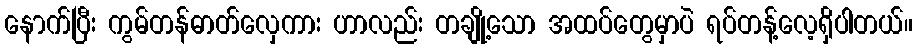
နောက်ပြီး ကွမ်တန်ဓာတ်လှေကား ဟာလည်း တချို့သော အထပ်တွေမှာပဲ ရပ်တန့်လေ့ရှိပါတယ်။